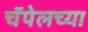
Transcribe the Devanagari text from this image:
चॅपेलच्या